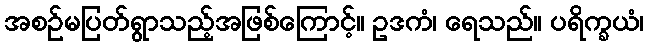
အစဉ်မပြတ်ရွာသည့်အဖြစ်ကြောင့်။ ဥဒကံ၊ ရေသည်။ ပရိက္ခယံ၊